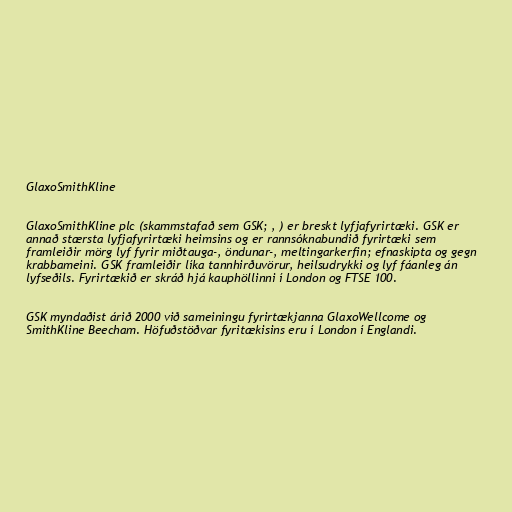
GlaxoSmithKline

GlaxoSmithKline plc (skammstafað sem GSK; , ) er breskt lyfjafyrirtæki. GSK er
annað stærsta lyfjafyrirtæki heimsins og er rannsóknabundið fyrirtæki sem
framleiðir mörg lyf fyrir miðtauga-, öndunar-, meltingarkerfin; efnaskipta og gegn
krabbameini. GSK framleiðir líka tannhirðuvörur, heilsudrykki og lyf fáanleg án
lyfseðils. Fyrirtækið er skráð hjá kauphöllinni í London og FTSE 100.

GSK myndaðist árið 2000 við sameiningu fyrirtækjanna GlaxoWellcome og
SmithKline Beecham. Höfuðstöðvar fyritækisins eru í London í Englandi.